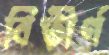
বিতীর্ণ